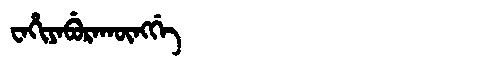
Manchu: ᠸᠠᡥᡳᠶᠠᠪᡠᡵᠠᡴᡡᠩᡤᡝ
Romanization: WAHIYABURAKŪNGGE